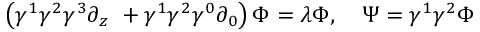
\left( \gamma ^ { 1 } \gamma ^ { 2 } \gamma ^ { 3 } \partial _ { z } \ + \gamma ^ { 1 } \gamma ^ { 2 } \gamma ^ { 0 } \partial _ { 0 } \right) \Phi = \lambda \Phi , \quad \Psi = \gamma ^ { 1 } \gamma ^ { 2 } \Phi